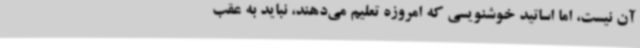
آن نیست، اما اساتید خوشنویسی که امروزه تعلیم می‌دهند، نباید به عقب